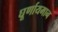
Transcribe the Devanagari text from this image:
घूर्णायमान